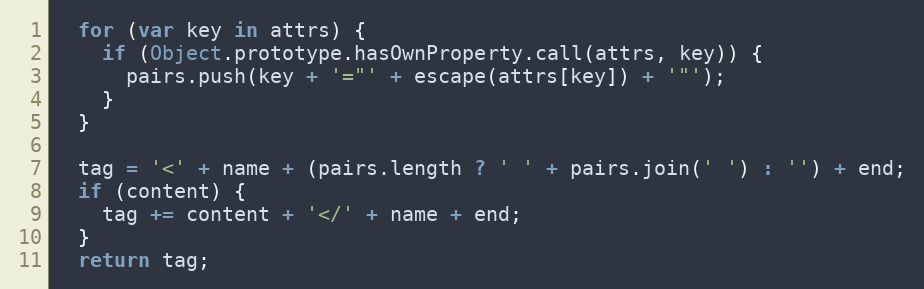
Language: JavaScript
  for (var key in attrs) {
    if (Object.prototype.hasOwnProperty.call(attrs, key)) {
      pairs.push(key + '="' + escape(attrs[key]) + '"');
    }
  }

  tag = '<' + name + (pairs.length ? ' ' + pairs.join(' ') : '') + end;
  if (content) {
    tag += content + '</' + name + end;
  }
  return tag;